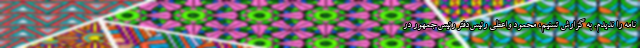
نامه را ندیدم. به گزارش تسنیم، محمود واعظی رئیس‌دفتر رئیس‌جمهور در